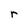
Character: r